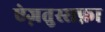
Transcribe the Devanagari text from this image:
ऐज़तुस्सफ़ा